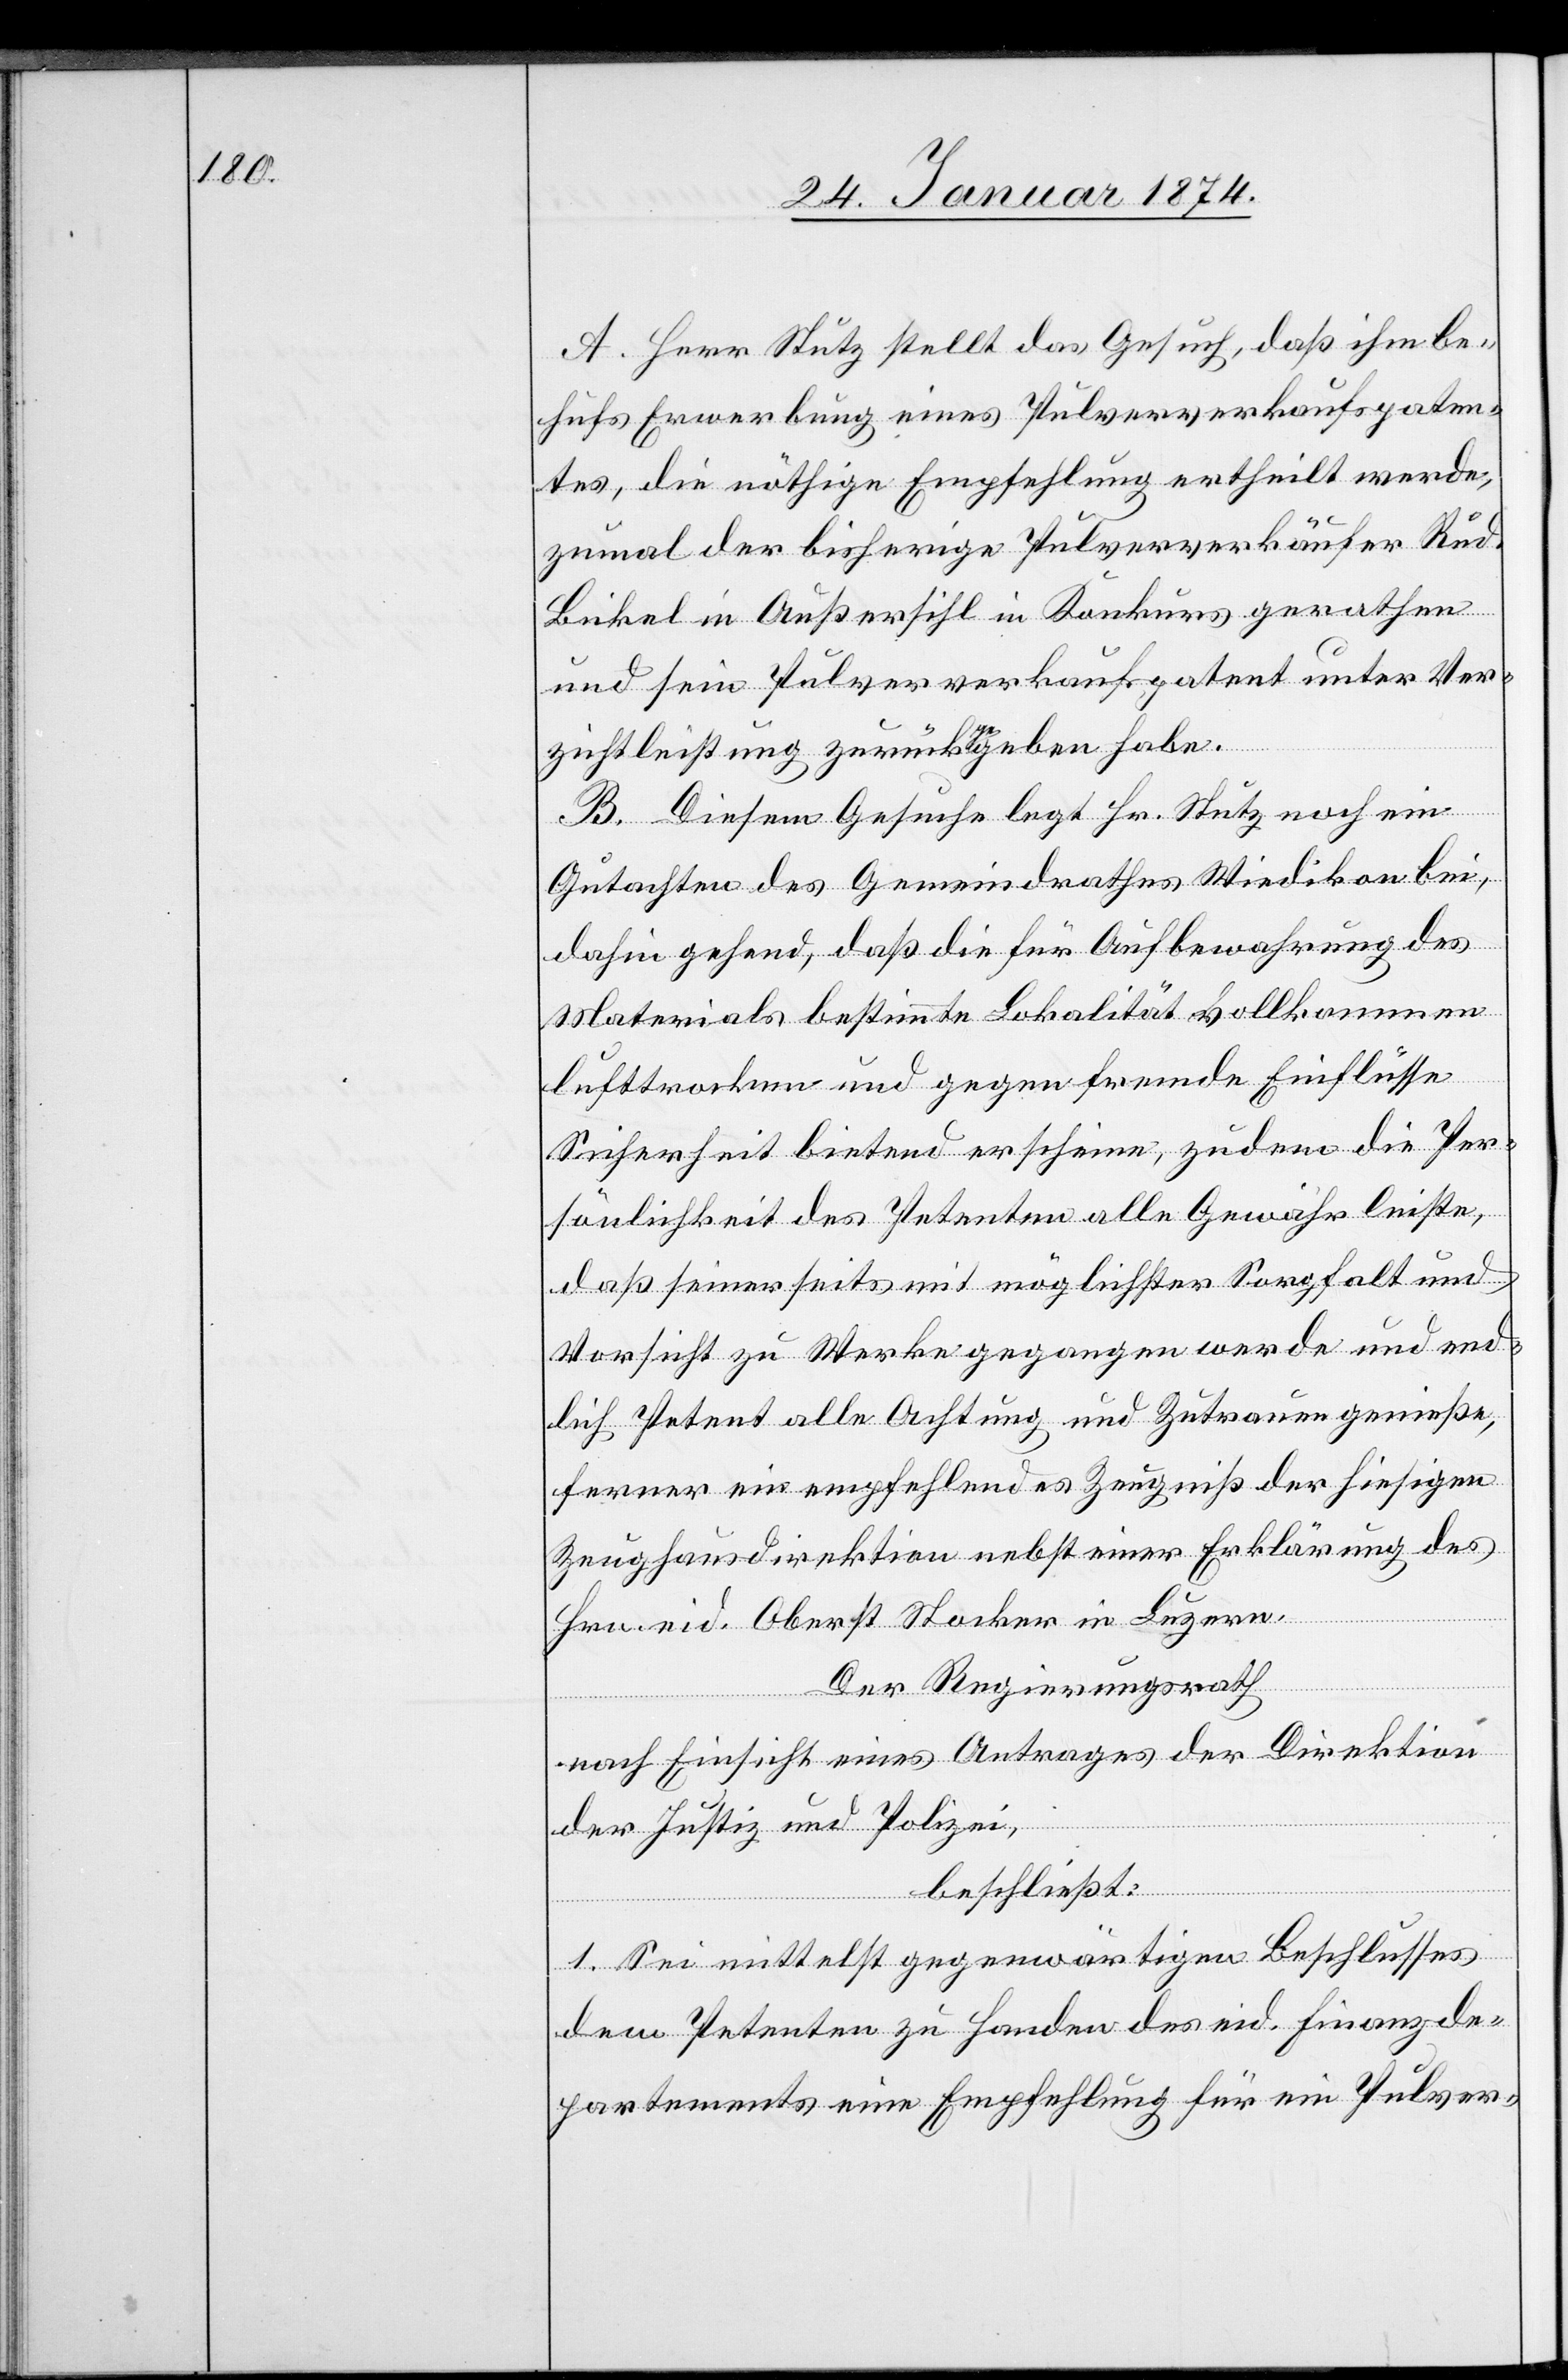
A. Herr Stutz stellt das Gesuch, daß ihm be¬
hufs Erwerbung eines Pulververkaufspaten¬
tes, die nöthige Empfehlung ertheilt werde,
zumal der bisherige Pulververkäufer Rud.
Bickel in Außersihl in Konkurs gerathen
und sein Pulververkaufspatent unter Ver¬
zichtleistung zurückgegeben habe.
B. Diesem Gesuche legt Hr. Stutz noch ein
Gutachten des Gemeindrathes Wiedikon bei,
dahin gehend, daß die für Aufbewahrung des
Materials bestimmte Lokalität vollkommen
lufttrocken und gegen fremde Einflüsse
Sicherheit bietend erscheine, zudem die Per¬
sönlichkeit des Petenten alle Gewähr leiste,
daß seinerseits mit möglichster Sorgfalt und
Vorsicht zu Werke gegangen werde und end¬
lich Petent alle Achtung und Zutrauen genieße,
ferner ein empfehlendes Zeugniß der hiesigen
Zeughausdirektion nebst einer Erklärung des
Hrn. eid. Oberst Stocker in Luzern.
Der Regierungsrath
nach Einsicht eines Antrages der Direktion
der Justiz und Polizei,
beschließt:
1. Sei mittelst gegenwärtigen Beschlusses
dem Petenten zu Handen des eid. Finanzde¬
partementes eine Empfehlung für ein Pulver-